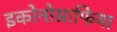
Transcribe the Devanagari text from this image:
इकोनोग्राफिया